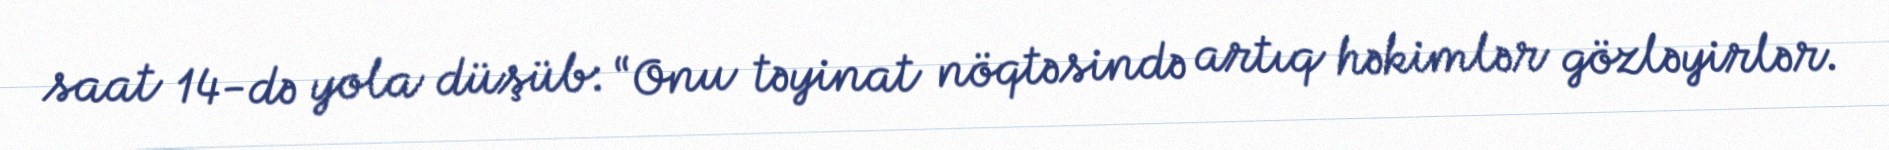
saat 14-də yola düşüb: “Onu təyinat nöqtəsində artıq həkimlər gözləyirlər.